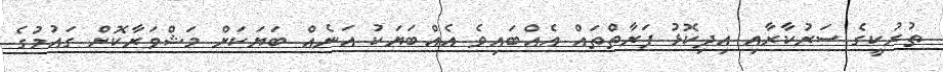
ތުރުކީގެ ސަރުކާރާއި އިދިކޮޅު ފަރާތްތައް އެއްބައިވެ އެއްބަޔަކު އަނެއް ބަޔަކަށް މަޝްވަރާކޮށް ގައުމުގެ